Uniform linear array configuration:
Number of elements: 4
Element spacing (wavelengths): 0.5
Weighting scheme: hann
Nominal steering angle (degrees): -15
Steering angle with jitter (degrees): -14.195
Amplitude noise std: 0.05
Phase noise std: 0.05

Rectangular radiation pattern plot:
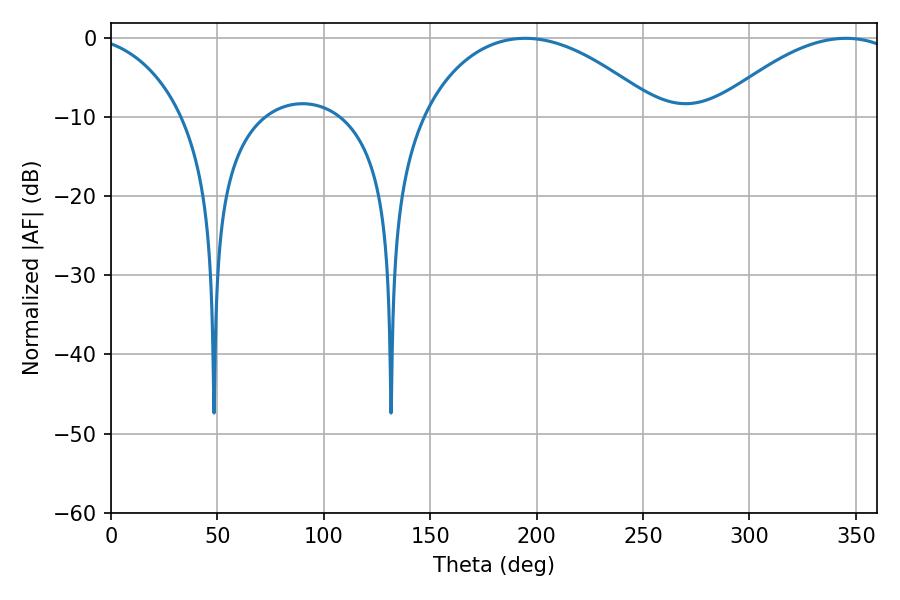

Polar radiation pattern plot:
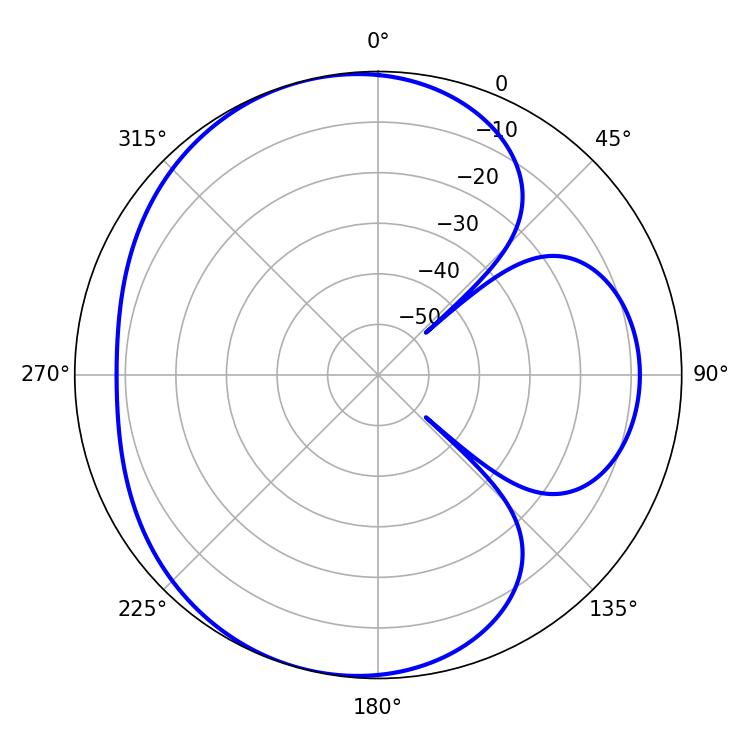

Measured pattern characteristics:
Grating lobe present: FALSE
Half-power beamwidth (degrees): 62.82
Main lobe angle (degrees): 194.58